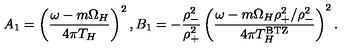
A _ { 1 } = \left( { \frac { \omega - m \Omega _ { H } } { 4 \pi T _ { H } } } \right) ^ { 2 } , B _ { 1 } = - { \frac { \rho _ { - } ^ { 2 } } { \rho _ { + } ^ { 2 } } } \left( { \frac { \omega - m \Omega _ { H } \rho _ { + } ^ { 2 } / \rho _ { - } ^ { 2 } } { 4 \pi T _ { H } ^ { \mathrm { B T Z } } } } \right) ^ { 2 } .